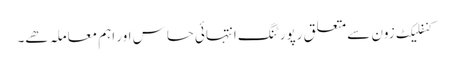
کنفلیکٹ زون سے متعلق رپورٹنگ انتہائی حساس اور اہم معاملہ ھے۔